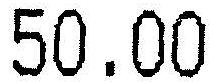
50.00